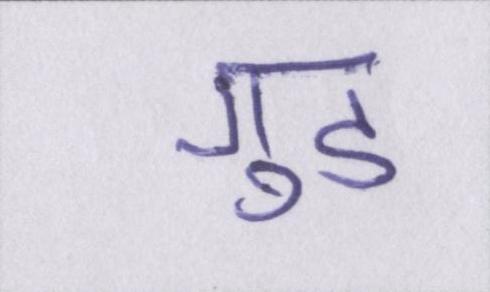
गुड